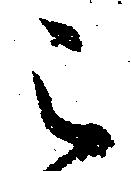
之